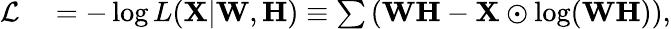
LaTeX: \begin{array}{rl}{{\cal L}}&{{}=-\log L(\mathbf{X}|\mathbf{W},\mathbf{H})\equiv\sum\left(\mathbf{W}\mathbf{H}-\mathbf{X}\odot\log(\mathbf{W}\mathbf{H})\right),}\end{array}